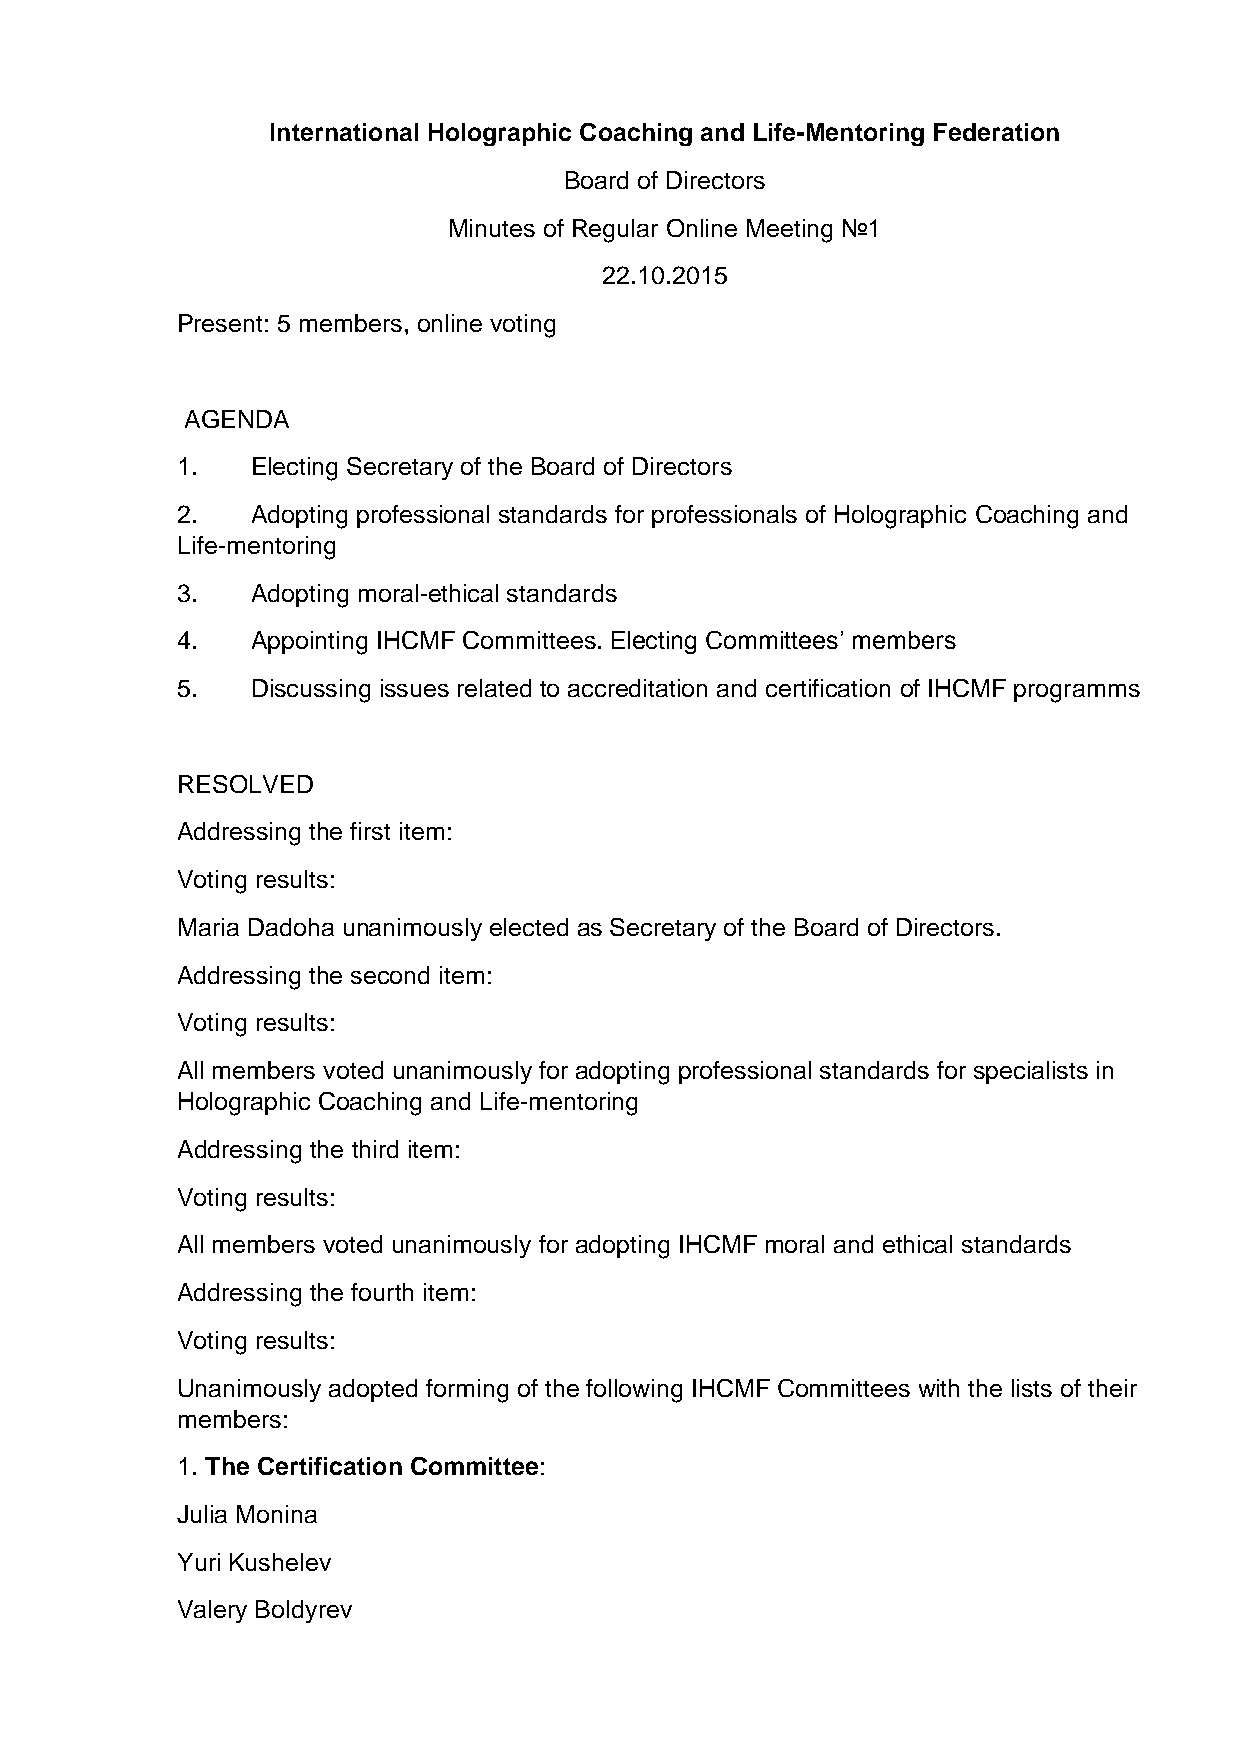
International Holographic Coaching and Life-Mentoring Federation
 Board of Directors
 Minutes of Regular Online Meeting №1
 22.10.2015
 Present: 5 members, online voting
 AGENDA
 1.   Electing Secretary of the Board of Directors
 2.   Adopting professional standards for professionals of Holographic Сoaching and
 Life-mentoring
 3.   Adopting moral-ethical standards
 4.   Appointing IHCMF Committees. Electing Committees’ members
 5.   Discussing issues related to accreditation and certification of IHCMF programms
 RESOLVED
 Addressing the first item:
 Voting results:
 Maria Dadoha unanimously elected as Secretary of the Board of Directors.
 Addressing the second item:
 Voting results:
 All members voted unanimously for adopting professional standards for specialists in
 Holographic Coaching and Life-mentoring
 Addressing the third item:
 Voting results:
 All members voted unanimously for adopting IHCMF moral and ethical standards
 Addressing the fourth item:
 Voting results:
 Unanimously adopted forming of the following IHCMF Сommittees with the lists of their
 members:
 1. The Certification Committee:
 Julia Monina
 Yuri Kushelev
 Valery Boldyrev